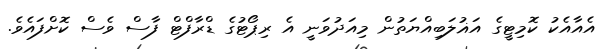
އެއާއެކު ކޮމިޓީގެ އަޣުލަބިއްޔަތުން މިއަދުވަނީ އެ ރިޕޯޓުގެ ޑްރާފްޓް ފާސް ވެސް ކޮށްފައެވެ.